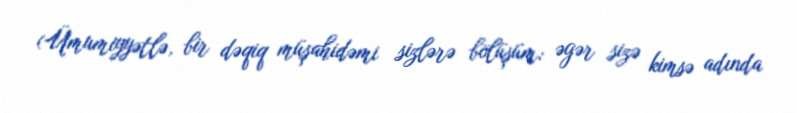
(Ümumiyyətlə, bir dəqiq müşahidəmi sizlərə bölüşüm: əgər sizə kimsə adında